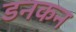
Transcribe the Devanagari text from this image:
डनकन